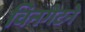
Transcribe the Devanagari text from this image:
विनगेटने